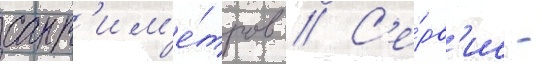
сант'им'е́тров // С'е́рв'ис -